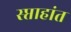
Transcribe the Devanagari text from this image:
स्प्ताहांत